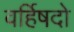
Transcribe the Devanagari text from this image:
वर्हिषदो